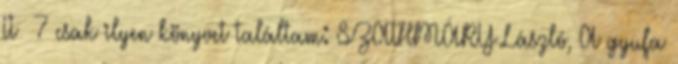
II 7 csak ilyen könyvet találtam: SZATHMÁRY László, A gyufa